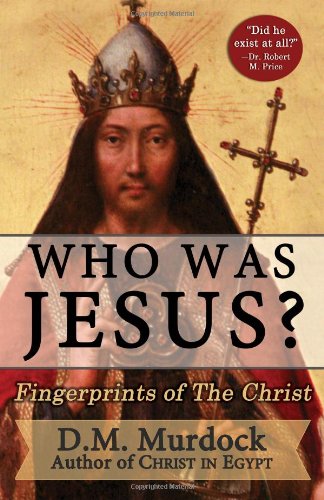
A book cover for Who Was Jesus? Fingerprints of the Christ; D.M. Murdock; Christian Books & Bibles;